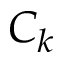
C _ { k }